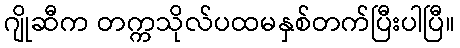
ဂျိုဆီက တက္ကသိုလ်ပထမနှစ်တက်ပြီးပါပြီ။